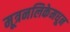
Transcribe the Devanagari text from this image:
मूत्रनलिकेमधून